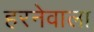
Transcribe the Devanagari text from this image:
हरनेवाला